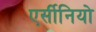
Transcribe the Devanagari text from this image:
एर्सीनियो